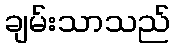
ချမ်းသာသည်